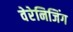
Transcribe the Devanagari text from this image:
वेरेनिजिंग